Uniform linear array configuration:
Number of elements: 24
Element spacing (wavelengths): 0.5
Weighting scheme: binomial
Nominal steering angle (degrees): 60
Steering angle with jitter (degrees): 59.34
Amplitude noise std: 0.05
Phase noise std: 0.05

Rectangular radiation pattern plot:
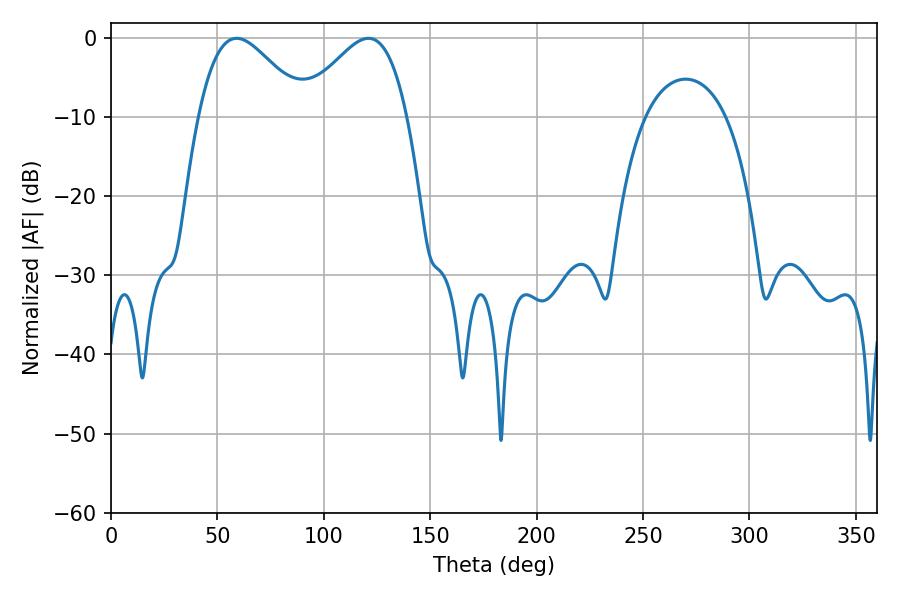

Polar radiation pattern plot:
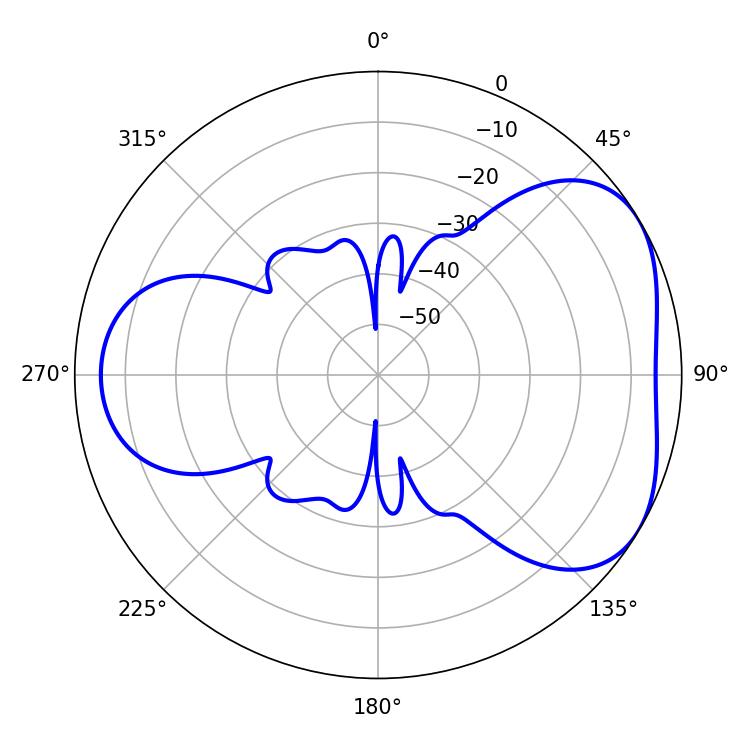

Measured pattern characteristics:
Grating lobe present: FALSE
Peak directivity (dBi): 4.38
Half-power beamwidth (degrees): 26.64
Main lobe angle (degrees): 120.96